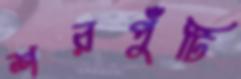
শরপুঁটি